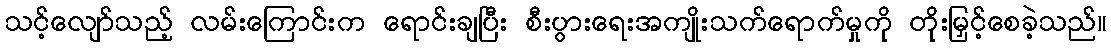
သင့်လျော်သည့် လမ်းကြောင်းက ရောင်းချပြီး စီးပွားရေးအကျိုးသက်ရောက်မှုကို တိုးမြှင့်စေခဲ့သည်။